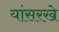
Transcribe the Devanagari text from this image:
यांसरखे